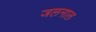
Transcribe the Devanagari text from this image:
जलनाल